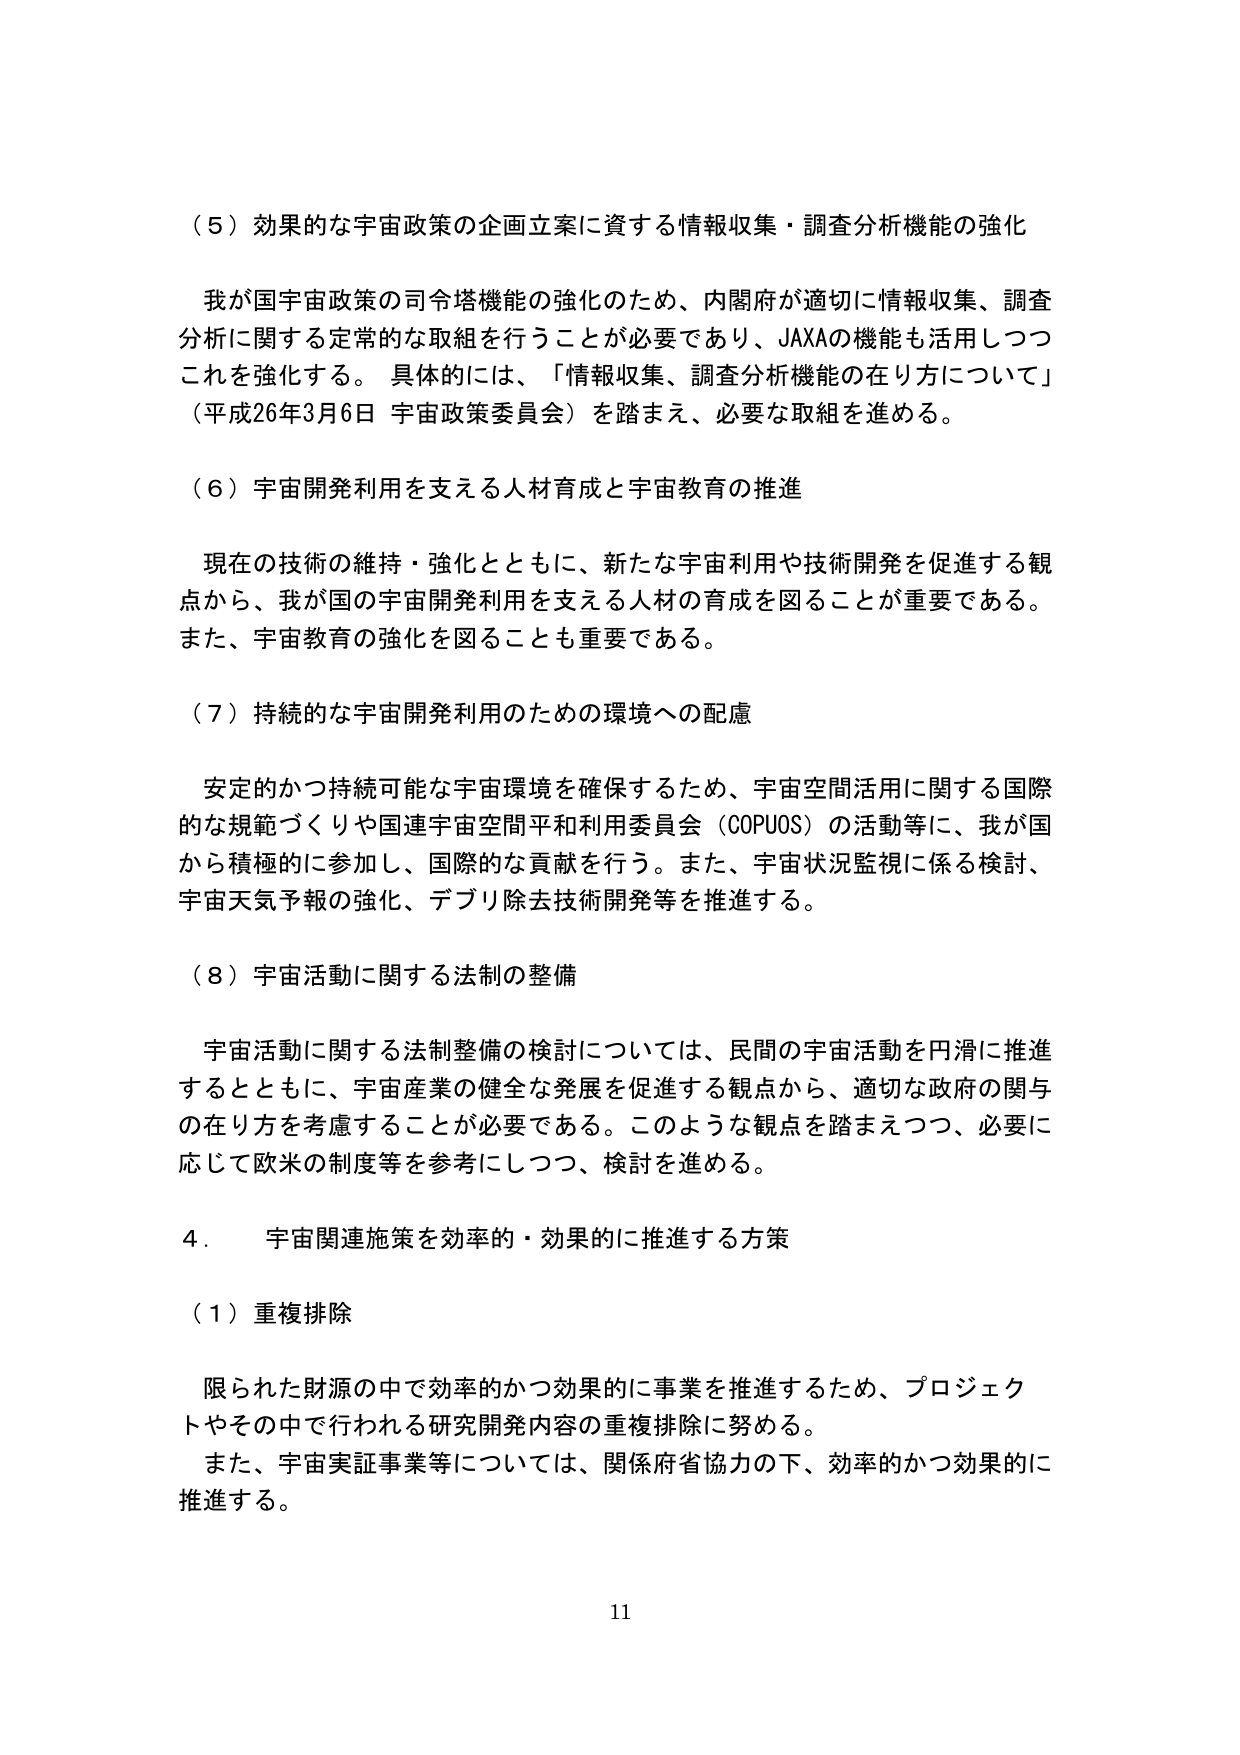
（５）効果的な宇宙政策の企画立案に資する情報収集・調査分析機能の強化

我が国宇宙政策の司令塔機能の強化のため、内閣府が適切に情報収集、調査分析に関する定常的な取組を行うことが必要であり、JAXAの機能も活用しつつこれを強化する。具体的には、「情報収集、調査分析機能の在り方について」（平成26年3月6日 宇宙政策委員会）を踏まえ、必要な取組を進める。

（６）宇宙開発利用を支える人材育成と宇宙教育の推進

現在の技術の維持・強化とともに、新たな宇宙利用や技術開発を促進する観点から、我が国の宇宙開発利用を支える人材の育成を図ることが重要である。また、宇宙教育の強化を図ることも重要である。

（７）持続的な宇宙開発利用のための環境への配慮

安定的かつ持続可能な宇宙環境を確保するため、宇宙空間活用に関する国際的な規範づくりや国連宇宙空間平和利用委員会（COPUOS）の活動等に、我が国から積極的に参加し、国際的な貢献を行う。また、宇宙状況監視に係る検討、宇宙天気予報の強化、デブリ除去技術開発等を推進する。

（８）宇宙活動に関する法制の整備

宇宙活動に関する法制整備の検討については、民間の宇宙活動を円滑に推進するとともに、宇宙産業の健全な発展を促進する観点から、適切な政府の関与の在り方を考慮することが必要である。このような観点を踏まえつつ、必要に応じて欧米の制度等を参考にしつつ、検討を進める。

４．宇宙関連施策を効率的・効果的に推進する方策

（１）重複排除

限られた財源の中で効率的かつ効果的に事業を推進するため、プロジェクトやその中で行われる研究開発内容の重複排除に努める。また、宇宙実証事業等については、関係府省協力の下、効率的かつ効果的に推進する。

11